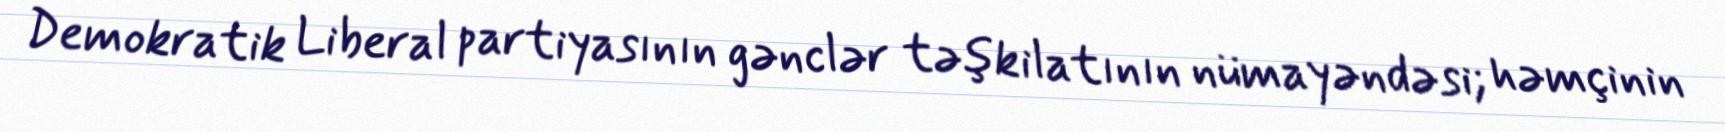
Demokratik Liberal partiyasının gənclər təşkilatının nümayəndəsi; həmçinin